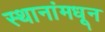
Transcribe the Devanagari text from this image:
स्थानांमधून